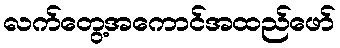
လက်တွေ့အကောင်အထည်ဖော်